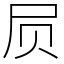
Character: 屃